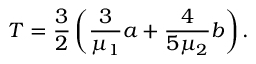
T = \frac { 3 } { 2 } \left( \frac { 3 } { \mu _ { 1 } } a + \frac { 4 } { 5 \mu _ { 2 } } b \right) .